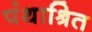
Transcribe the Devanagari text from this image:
पंथाश्रित